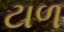
ટાળ